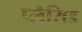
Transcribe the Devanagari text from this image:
प्लैसिड